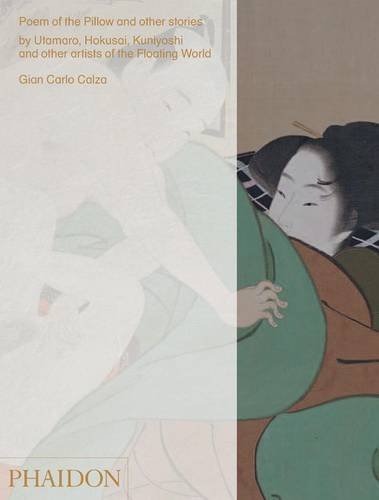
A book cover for Poem of the Pillow and Other Stories By Utamaro, Hokusai, Kuniyoshi, and Other Artists of the Floating World; Gian Carlo Calza; Arts & Photography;